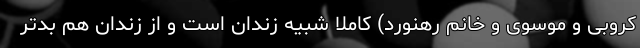
کروبی و موسوی و خانم رهنورد) کاملاً شبیه زندان است و از زندان هم بدتر